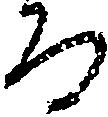
る